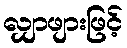
လျှာဖျားဖြင့်